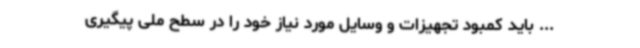
... باید کمبود تجهیزات و وسایل مورد نیاز خود را در سطح ملی پیگیری